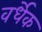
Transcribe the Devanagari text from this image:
वर्धेक